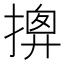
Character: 𢱰